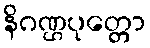
နိဂဏ္ဌပုတ္တော